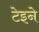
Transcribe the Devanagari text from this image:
टेइने